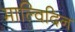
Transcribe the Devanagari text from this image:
माल्विदिन